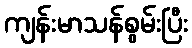
ကျန်းမာသန်စွမ်းပြီး